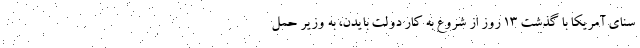
سنای آمریکا با گذشت ۱۳ روز از شروع به کار دولت بایدن، به وزیر حمل